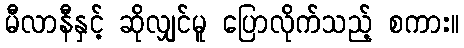
မီလာနီနှင့် ဆိုလျှင်မူ ပြောလိုက်သည့် စကား။